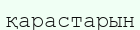
қарастарын